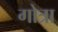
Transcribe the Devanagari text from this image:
गोत्रा